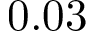
0 . 0 3